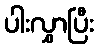
ပါးလွှာပြီး